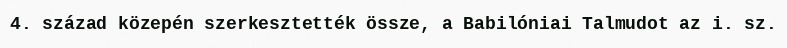
4. század közepén szerkesztették össze, a Babilóniai Talmudot az i. sz.